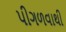
પીગળવાથી